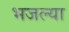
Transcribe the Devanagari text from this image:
भजल्या